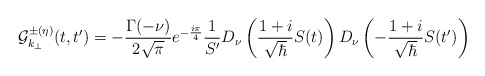
\begin{align*}{\cal{G}}_{k_\perp}^{\pm(\eta)}(t,t^\prime) = - {\Gamma(-\nu) \over 2 \sqrt{\pi}} e^{-{i \pi \over 4}} {1 \over S^\prime} D_\nu \left( {1+i \over \sqrt{\hbar}} S(t) \right) D_\nu \left( - {1+i \over \sqrt{\hbar}} S(t^\prime) \right)\end{align*}